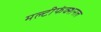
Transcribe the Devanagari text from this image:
मल्टीफंक्शनल